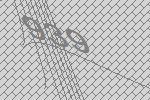
939